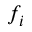
f _ { i }